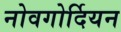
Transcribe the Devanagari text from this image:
नोवगोर्दियन